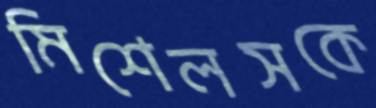
মিশেলসকে